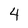
Character: 4